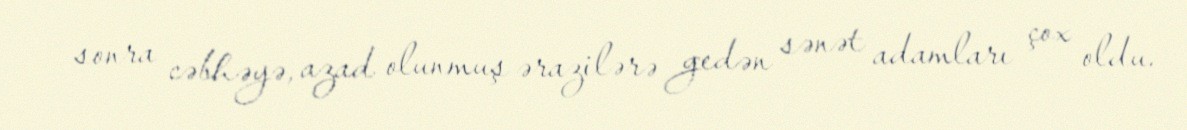
sonra cəbhəyə, azad olunmuş ərazilərə gedən sənət adamları çox oldu.